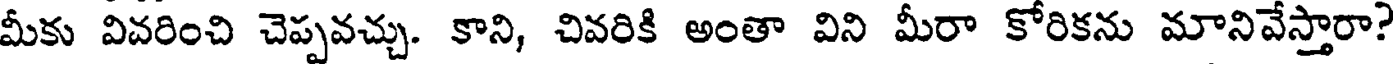
మీకు వివరించి చెప్పవచ్చు. కాని, చివరికి అంతా విని మీరా కోరికను మానివేస్తారా?